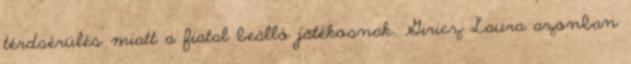
térdsérülés miatt a fiatal beálló játékosnak. Giricz Laura azonban